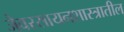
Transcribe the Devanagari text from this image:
जैवरसायनशास्त्रातील